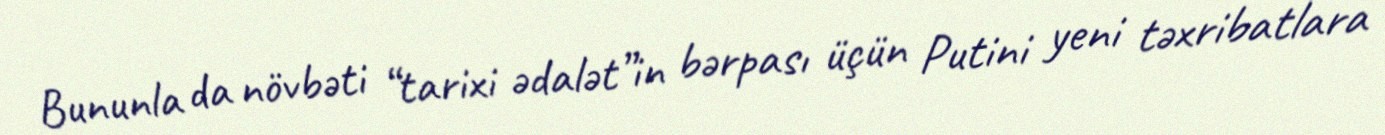
Bununla da növbəti “tarixi ədalət”in bərpası üçün Putini yeni təxribatlara